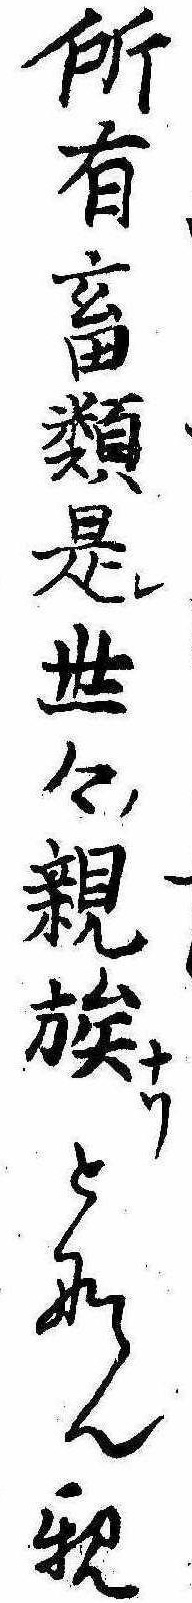
所有畜類是レ世々ノ親族ナリとなん親